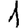
Digit: 1